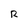
Character: R